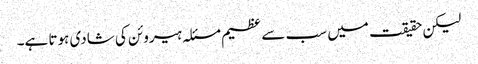
لیکن حقیقت میں سب سے عظیم مسئلہ ہیروئن کی شادی ہوتا ہے۔